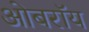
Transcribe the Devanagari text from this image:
ओबराॅय